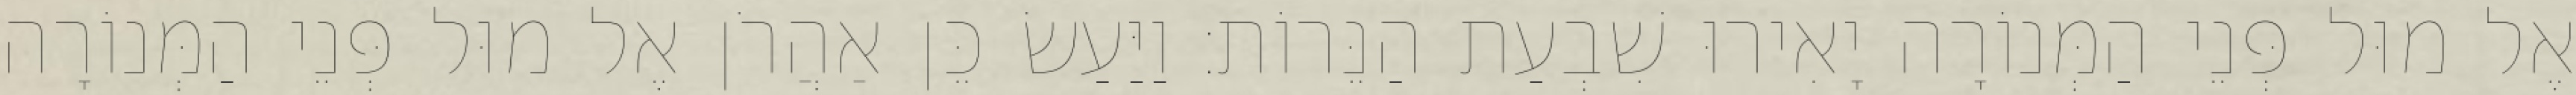
אֶל מוּל פְּנֵי הַמְּנוֹרָה יָאִירוּ שִׁבְעַת הַנֵּרוֹת׃ וַיַּעַשׂ כֵּן אַהֲרֹן אֶל מוּל פְּנֵי הַמְּנוֹרָה